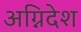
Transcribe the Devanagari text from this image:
अग्निदेश